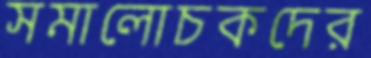
সমালোচকদের